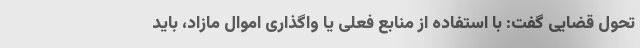
تحول قضایی گفت: با استفاده از منابع فعلی یا واگذاری اموال مازاد، باید